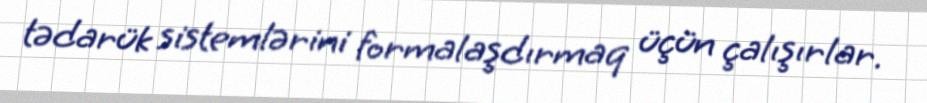
tədarük sistemlərini formalaşdırmaq üçün çalışırlar.